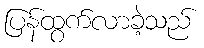
ပြန်ထွက်လာခဲ့သည်